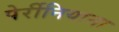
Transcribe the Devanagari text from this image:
पेर्रीनियाना